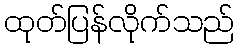
ထုတ်ပြန်လိုက်သည်